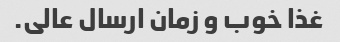
غذا خوب و زمان ارسال عالی.